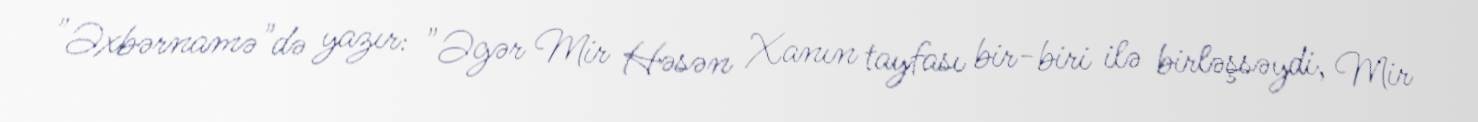
"Əxbərnamə"də yazır: "Əgər Mir Həsən Xanın tayfası bir-biri ilə birləşsəydi, Mir